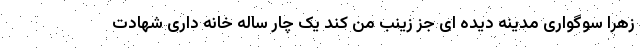
زهرا سوگواری مدینه دیده ای جز زینب من کند یک چار ساله خانه داری شهادت